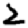
Digit: 2